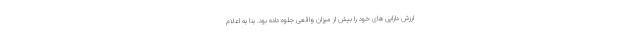
ارزش دارایی های خود را بیش از میزان واقعی جلوه داده بود. بنا به اعلام